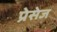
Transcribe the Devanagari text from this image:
प्रेसेज